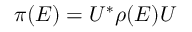
\pi ( E ) = U ^ { * } \rho ( E ) U \quad